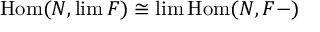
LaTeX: \operatorname { H o m } ( N , \operatorname* { l i m } F ) \cong \operatorname* { l i m } \operatorname { H o m } ( N , F - )